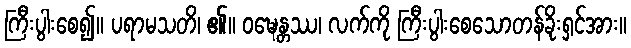
ကြီးပွါးစေ၍။ ပရာမသတိ၊ ၏။ ဝဍ္ဎေန္တဿ၊ လက်ကို ကြီးပွါးစေသောတန်ခိုးရှင်အား။